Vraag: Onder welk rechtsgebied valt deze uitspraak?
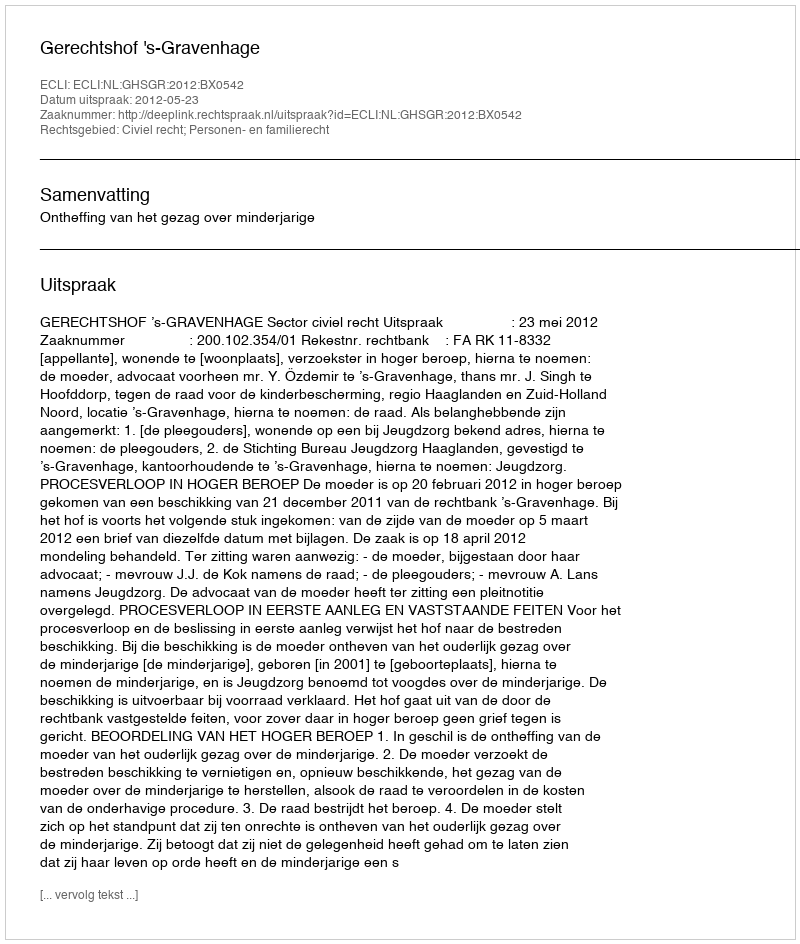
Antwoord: Civiel recht; Personen- en familierecht